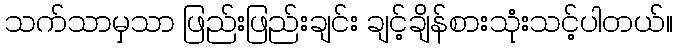
သက်သာမှသာ ဖြည်းဖြည်းချင်း ချင့်ချိန်စားသုံးသင့်ပါတယ်။